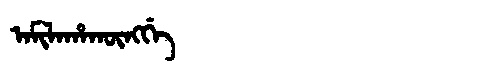
Manchu: ᠠᠮᡳᠯᠠᡥᠠᡴᡡᠩᡤᡝ
Romanization: AMILAHAKŪNGGE